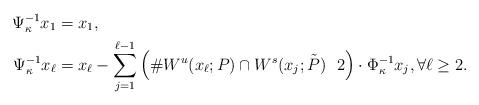
LaTeX: \begin{align*}\Psi_\kappa^{-1} x_1& =x_1, \\\Psi_\kappa^{-1}x_\ell &= x_\ell - \sum_{j=1}^{\ell -1} \Big (\# W^u(x_\ell;P)\cap W^s(x_j;\tilde P) \ \ 2\Big ) \cdot \Phi_\kappa^{-1}x_j,\forall \ell\geq 2.\end{align*}